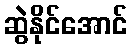
ဆွဲနိုင်အောင်